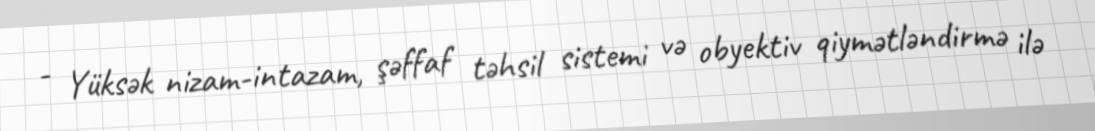
- Yüksək nizam-intazam, şəffaf təhsil sistemi və obyektiv qiymətləndirmə ilə